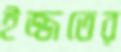
ইজ্জতের